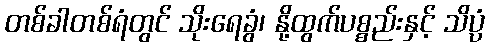
တစ်ခါတစ်ရံတွင် သိုးရေခွံ၊ နို့ထွက်ပစ္စည်းနှင့် သိပ္ပံ